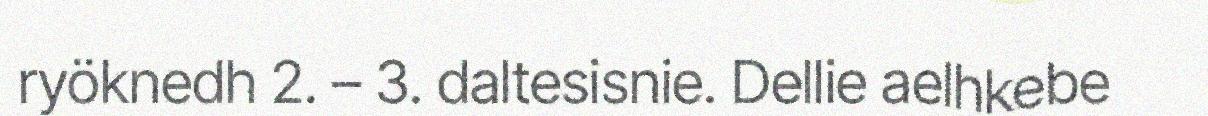
ryöknedh 2. – 3. daltesisnie. Dellie aelhkebe